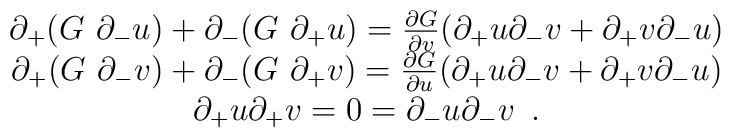
\begin{array}{c}\partial _{+}(G\,\,\partial _{-}u)+\partial _{-}(G\,\,\partial _{+}u)=\frac{\partial G}{\partial v}(\partial _{+}u\partial _{-}v+\partial_{+}v\partial _{-}u) \\ \partial _{+}(G\,\,\partial _{-}v)+\partial_{-}(G\,\,\partial _{+}v)=\frac{\partial G}{\partial u}(\partial _{+}u\partial _{-}v+\partial_{+}v\partial _{-}u) \\ \partial _{+}u\partial _{+}v=0=\partial_{-}u\partial _{-}v\,\,\,.\end{array}